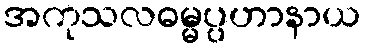
အကုသလဓမ္မပ္ပဟာနာယ